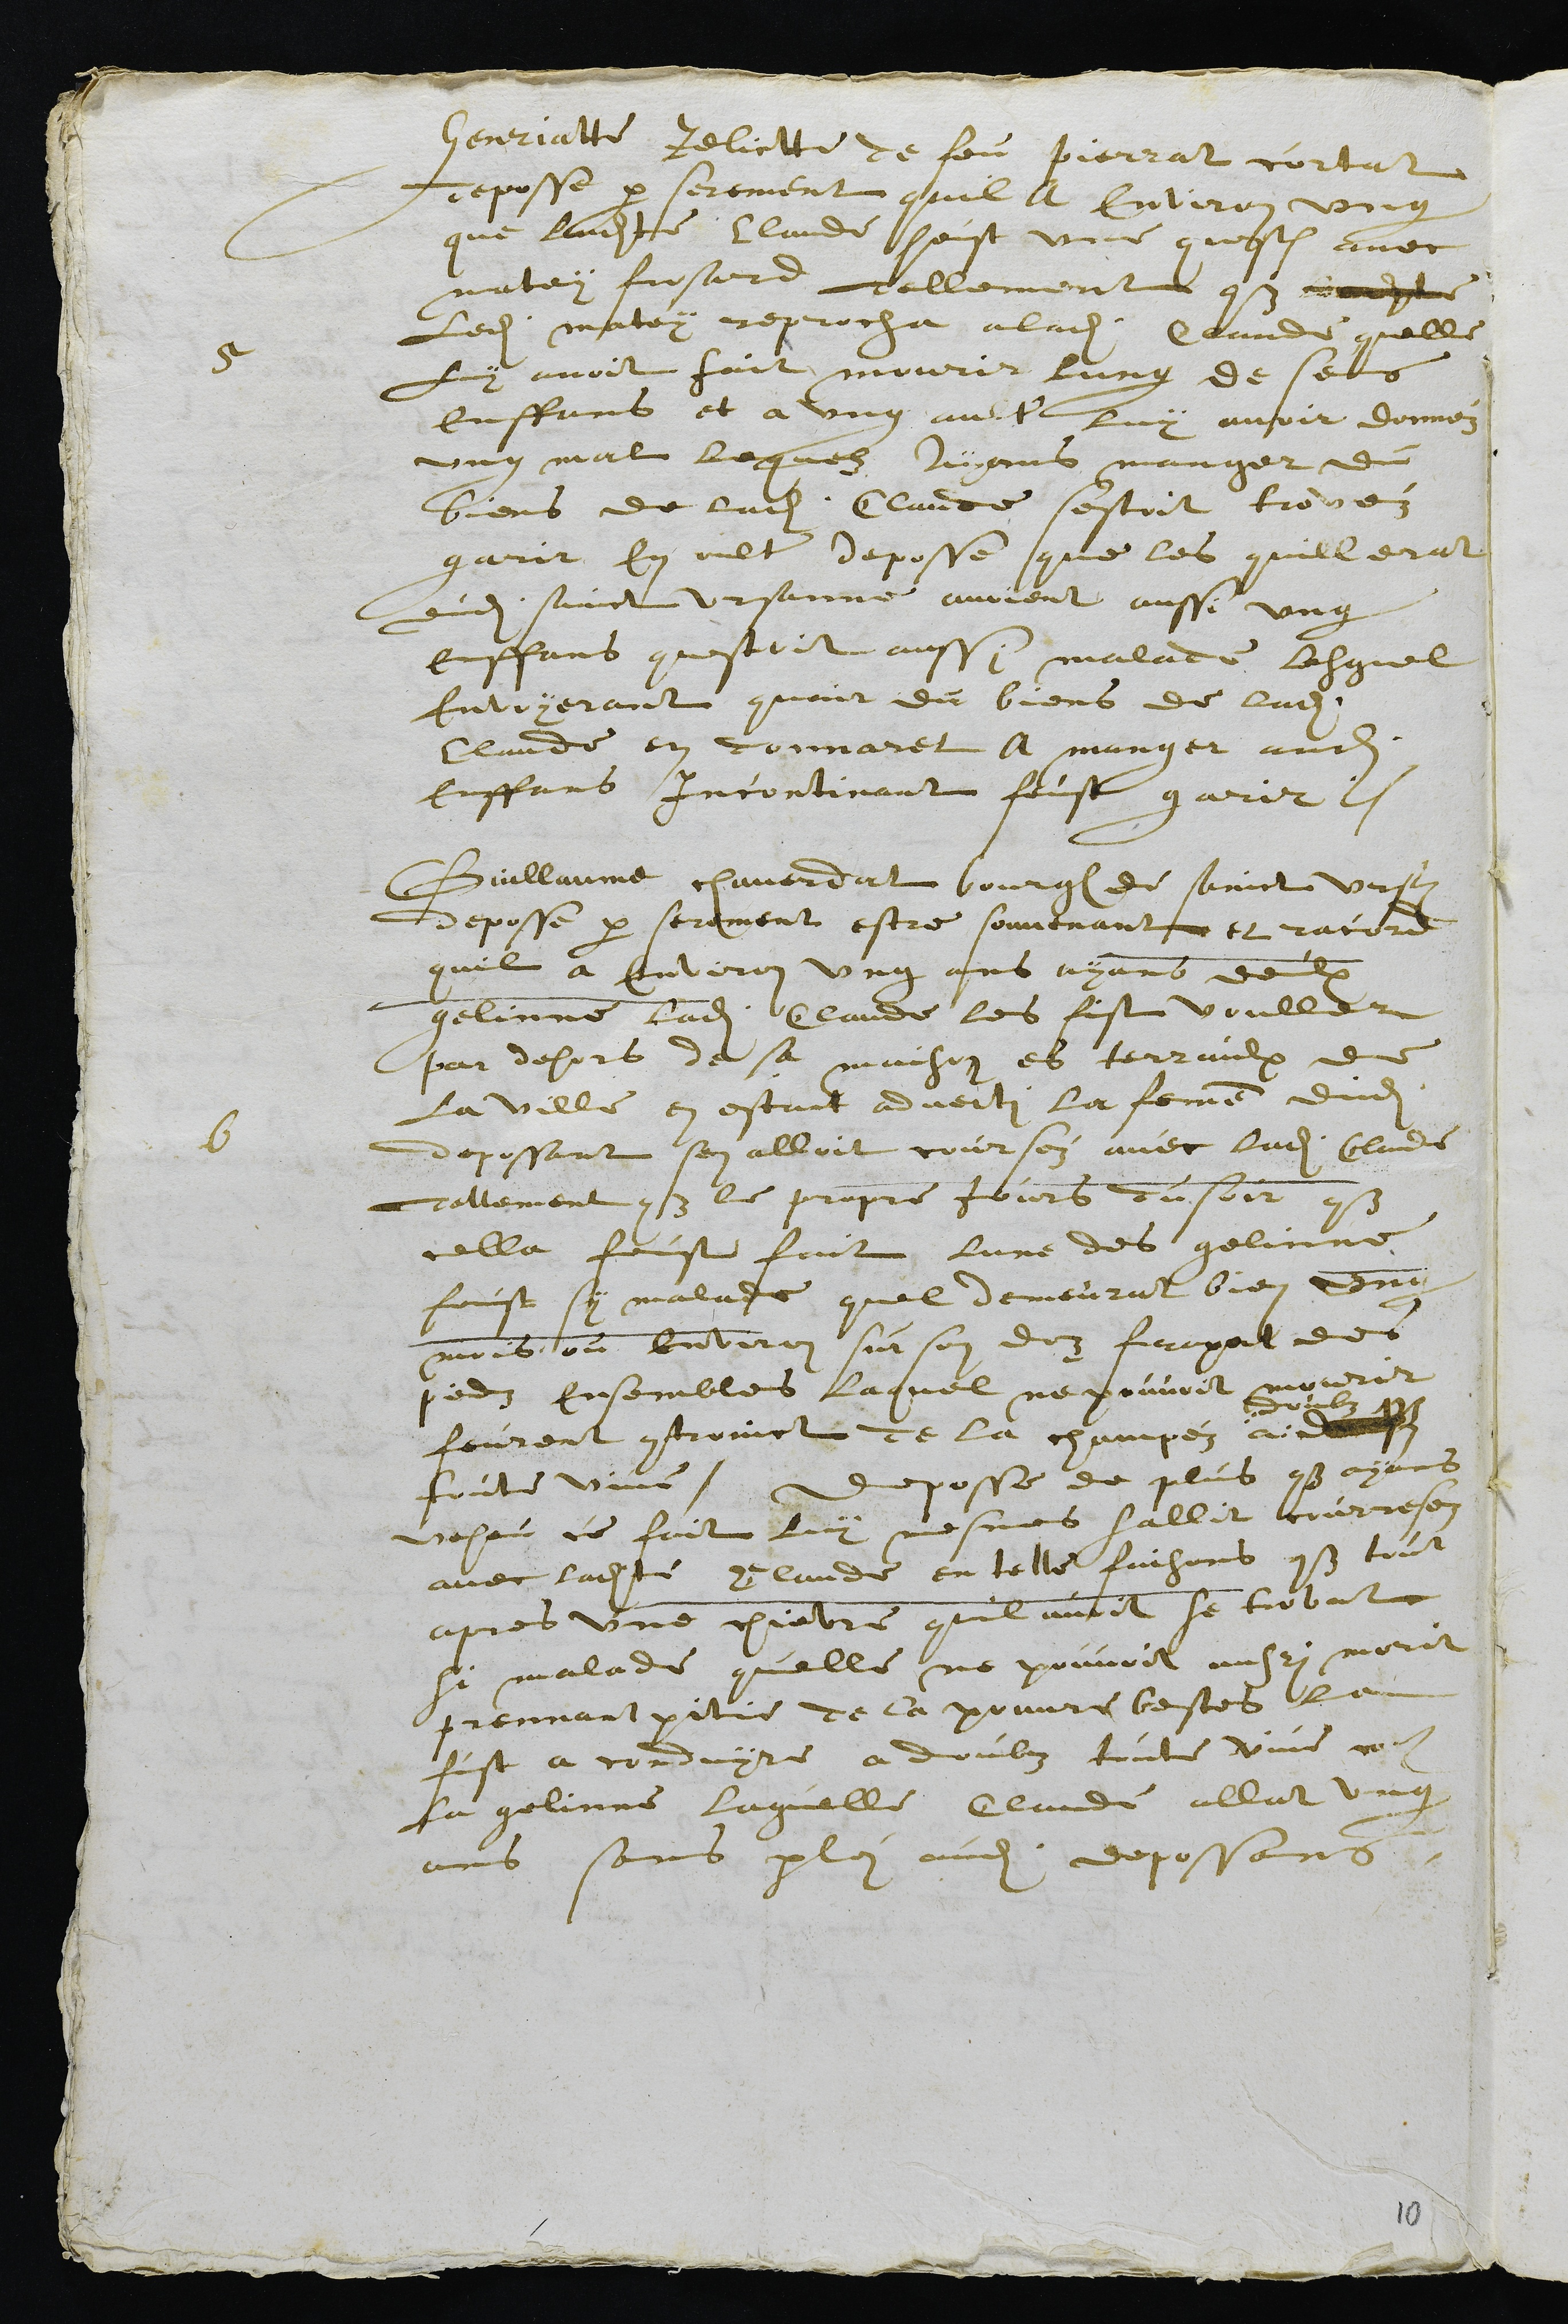
5
Henriatte relicte de feu Pierrat cortat
deposse par serement quil a environ ung
que ladite Claude heust une question avec
matey fresard tellement que ladite
ledit matey reprocha a ladite Claude quelle
luy avoit fait mourir lung de ses
enffans et a ung autre luy avoir donnez
ung mal lequelz ayans manger du
biens de ladite Claude sestoit trovéz
garit en oultre deposse que les quillerat
dudit Sainct Ursanne avoient aussi ung
enffans questoit aussi malade lesquel
envoyerant querir du biens de ladite
Claude en donnaret a manger audit
enffans incontinant feust garir.
6
Guillaume chaverdat bourgeois de Sainct Ursanne
deposse par serement estre souvenant et racord
quil a environ ung ans ayans deulx
gelinne ladite Claude les fist vouller
par dehors de sa maison es terraulx de
la ville en estant adverti la femme dudit
depossant sen alloit courséz avec ladite Claude
Tellement que le propre jours du soir que
cella feust fait lune des gelinne
feust sy malade quil demeurat bien ung
mois ou environ sur son doz frapant des
piedz ensembles, laquel ne pouvoit mourir
feurent controinct de la champéz a
doubz
toute vive. Deposse de plus que ayans
veheu ce fait luy mesmes sallit courresez
avec ladite Claude en telle faisons que tout
apres une chievre quil avoit se trovat
si malade quelle ne pouvoit aussi morit
prennant pitie de la pouvre bestes le
fust a conduyre a doubz toute vive comme
la gelinne laquelle Claude allat ung
ans sans parlei audit deposans

10